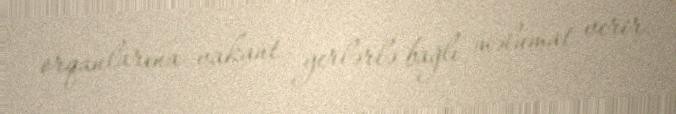
orqanlarına vakant yerlərlə bağlı məlumat verir.